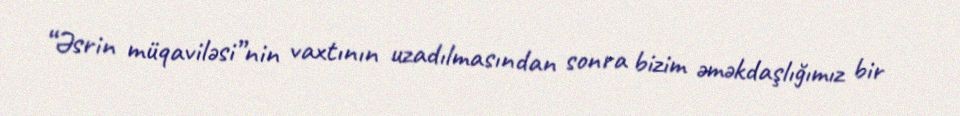
“Əsrin müqaviləsi”nin vaxtının uzadılmasından sonra bizim əməkdaşlığımız bir